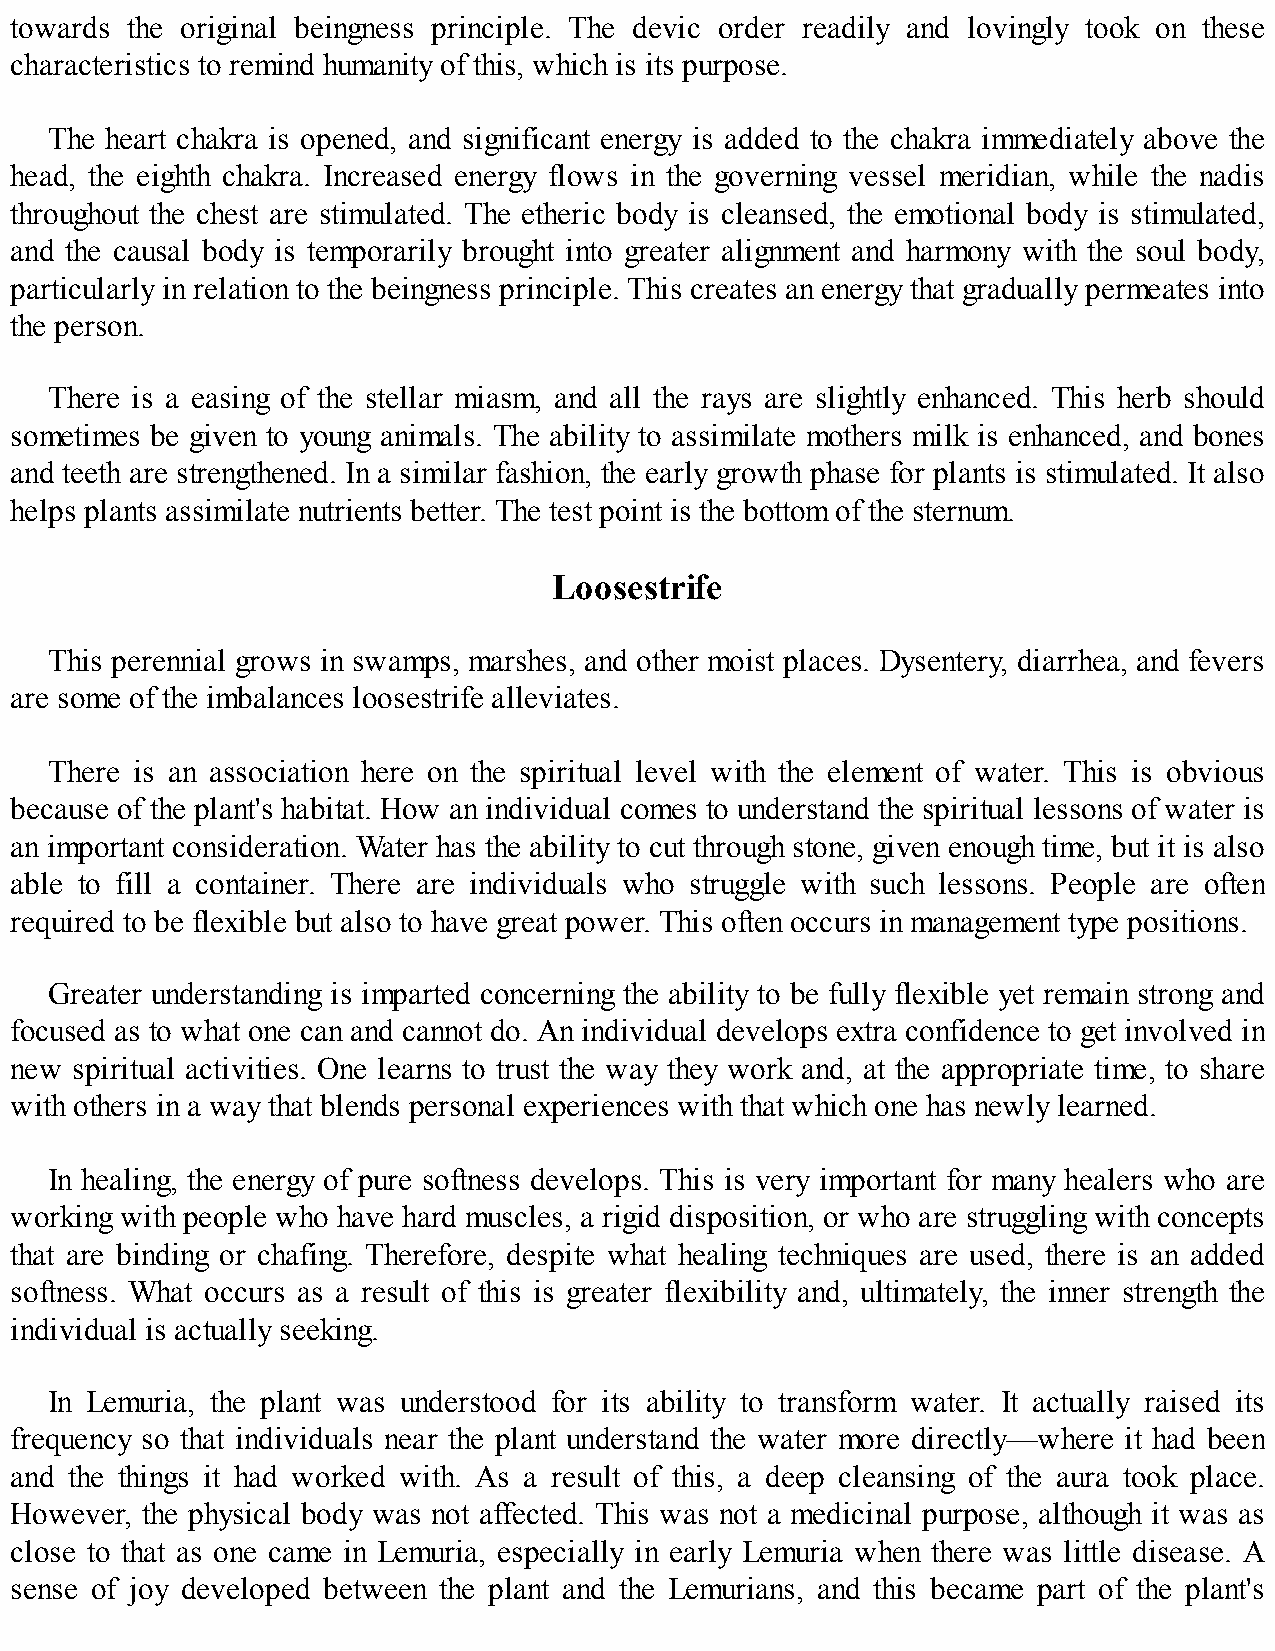
towards the original beingness principle. The devic order readily and lovingly took on these
 characteristics to remind humanity of this, which is its purpose.
 The heart chakra is opened, and significant energy is added to the chakra immediately above the
 head, the eighth chakra. Increased energy flows in the governing vessel meridian, while the nadis
 throughout the chest are stimulated. The etheric body is cleansed, the emotional body is stimulated,
 and the causal body is temporarily brought into greater alignment and harmony with the soul body,
 particularly in relation to the beingness principle. This creates an energy that gradually permeates into
 the person.
 There is a easing of the stellar miasm, and all the rays are slightly enhanced. This herb should
 sometimes be given to young animals. The ability to assimilate mothers milk is enhanced, and bones
 and teeth are strengthened. In a similar fashion, the early growth phase for plants is stimulated. It also
 helps plants assimilate nutrients better. The test point is the bottom of the sternum.
 Loosestrife
 This perennial grows in swamps, marshes, and other moist places. Dysentery, diarrhea, and fevers
 are some of the imbalances loosestrife alleviates.
 There is an association here on the spiritual level with the element of water. This is obvious
 because of the plant's habitat. How an individual comes to understand the spiritual lessons of water is
 an important consideration. Water has the ability to cut through stone, given enough time, but it is also
 able to fill a container. There are individuals who struggle with such lessons. People are often
 required to be flexible but also to have great power. This often occurs in management type positions.
 Greater understanding is imparted concerning the ability to be fully flexible yet remain strong and
 focused as to what one can and cannot do. An individual develops extra confidence to get involved in
 new spiritual activities. One learns to trust the way they work and, at the appropriate time, to share
 with others in a way that blends personal experiences with that which one has newly learned.
 In healing, the energy of pure softness develops. This is very important for many healers who are
 working with people who have hard muscles, a rigid disposition, or who are struggling with concepts
 that are binding or chafing. Therefore, despite what healing techniques are used, there is an added
 softness. What occurs as a result of this is greater flexibility and, ultimately, the inner strength the
 individual is actually seeking.
 In Lemuria, the plant was understood for its ability to transform water. It actually raised its
 frequency so that individuals near the plant understand the water more directly—where it had been
 and the things it had worked with. As a result of this, a deep cleansing of the aura took place.
 However, the physical body was not affected. This was not a medicinal purpose, although it was as
 close to that as one came in Lemuria, especially in early Lemuria when there was little disease. A
 sense of joy developed between the plant and the Lemurians, and this became part of the plant's